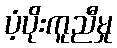
ပံ့ပိုးကူညီမှု